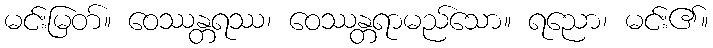
မင်းမြတ်။ ဝေဿန္တရဿ၊ ဝေဿန္တရာမည်သော။ ရညော၊ မင်း၏။